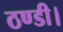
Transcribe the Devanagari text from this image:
ठण्डी।